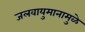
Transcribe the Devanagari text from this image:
जलवायुमानामुळे